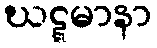
ဃဋ္ဋမာနာ